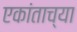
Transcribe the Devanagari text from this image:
एकांताच्या